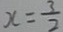
x = \frac { 3 } { 2 }